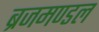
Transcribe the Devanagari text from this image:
ब्रजमण्डल